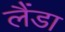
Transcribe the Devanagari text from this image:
लैंडा